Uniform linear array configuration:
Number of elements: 24
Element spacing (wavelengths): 0.75
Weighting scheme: uniform
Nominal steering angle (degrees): -45
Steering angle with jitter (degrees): -46.603
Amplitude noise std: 0.05
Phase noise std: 0.05

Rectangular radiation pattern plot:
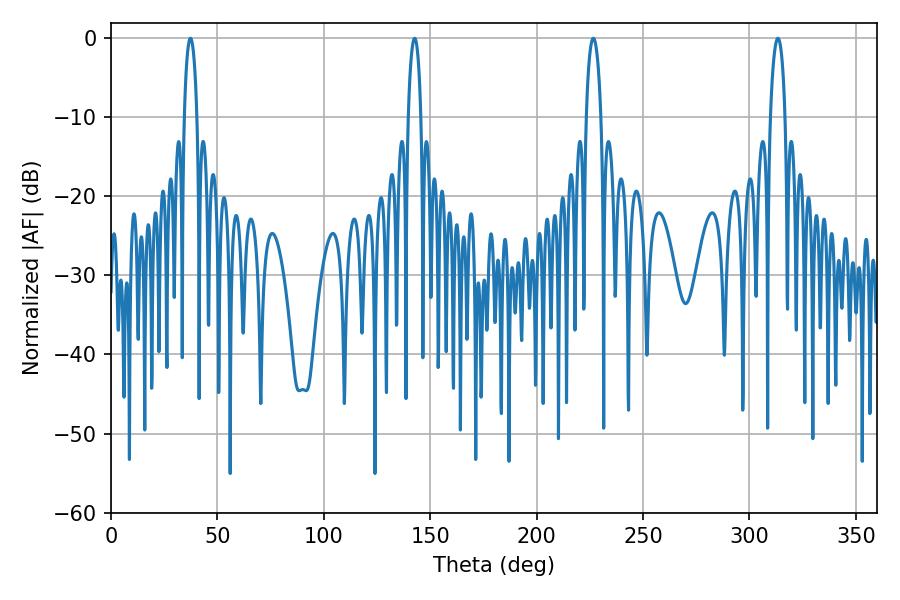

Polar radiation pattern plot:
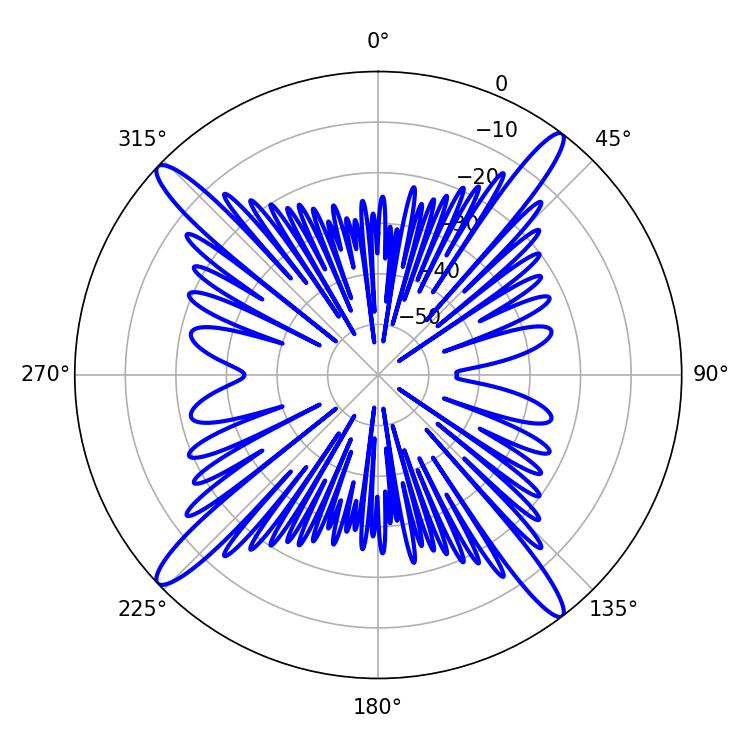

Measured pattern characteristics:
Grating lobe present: TRUE
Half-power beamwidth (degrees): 3.96
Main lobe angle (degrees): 226.62